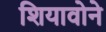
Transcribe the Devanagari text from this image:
शियावोने